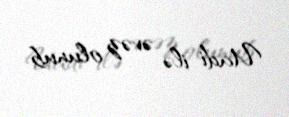
Uadi ilə əvəz olunub.